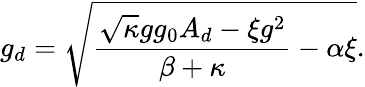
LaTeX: g_{d}=\sqrt{\frac{\sqrt{\kappa}gg_{0}A_{d}-\xi g^{2}}{\beta+\kappa}-\alpha\xi}.